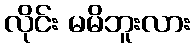
လိုင်း မမိဘူးလား